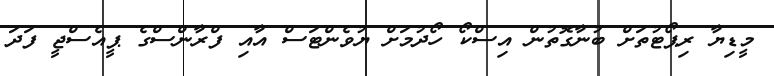
މީޑިޔާ ރިޕޯޓުތަށް ބުނާގޮތުން އިސްކޯ ހޯދުމަށް ޔުވެންޓަސް އާއި ފްރާންސްގެ ޕީއެސްޖީ ފަދަ